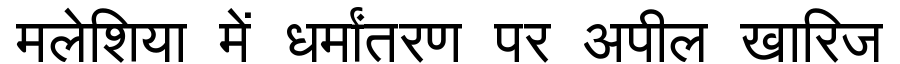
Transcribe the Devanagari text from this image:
मलेशिया में धर्मांतरण पर अपील खारिज